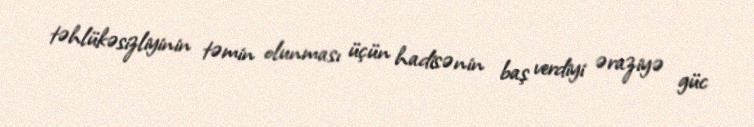
təhlükəsizliyinin təmin olunması üçün hadisənin baş verdiyi əraziyə güc